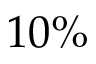
1 0 \%